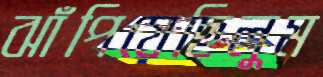
ঝাঁপিয়েছিলুম